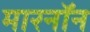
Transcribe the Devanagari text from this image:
मारनॉन